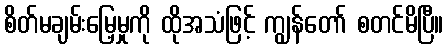
စိတ်မချမ်းမြေ့မှုကို ထိုအသံဖြင့် ကျွန်တော် စတင်မိပြီ။